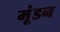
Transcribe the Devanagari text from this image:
मूंडन